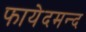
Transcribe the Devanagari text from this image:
फायेदमन्द